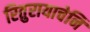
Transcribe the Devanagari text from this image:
रितुरायाचेनि